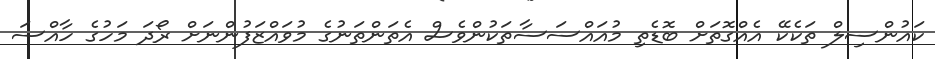
ކައުންސިލް ތަކެކޭ އެއްގޮތަށް ބޮޑެތި މުއައްސަސާތަކުންވެސް އެތަންތަނުގެ މުވައްޒަފުންނަށް ރޯދަ މަހުގެ ހާއްސަ